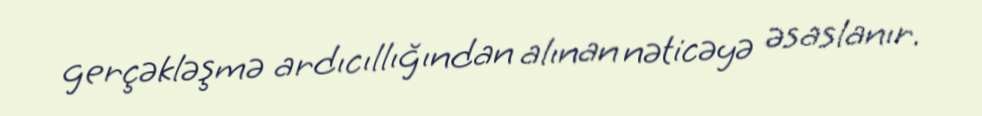
gerçəkləşmə ardıcıllığından alınan nəticəyə əsaslanır.